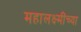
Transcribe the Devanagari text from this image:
महालक्ष्मींच्या